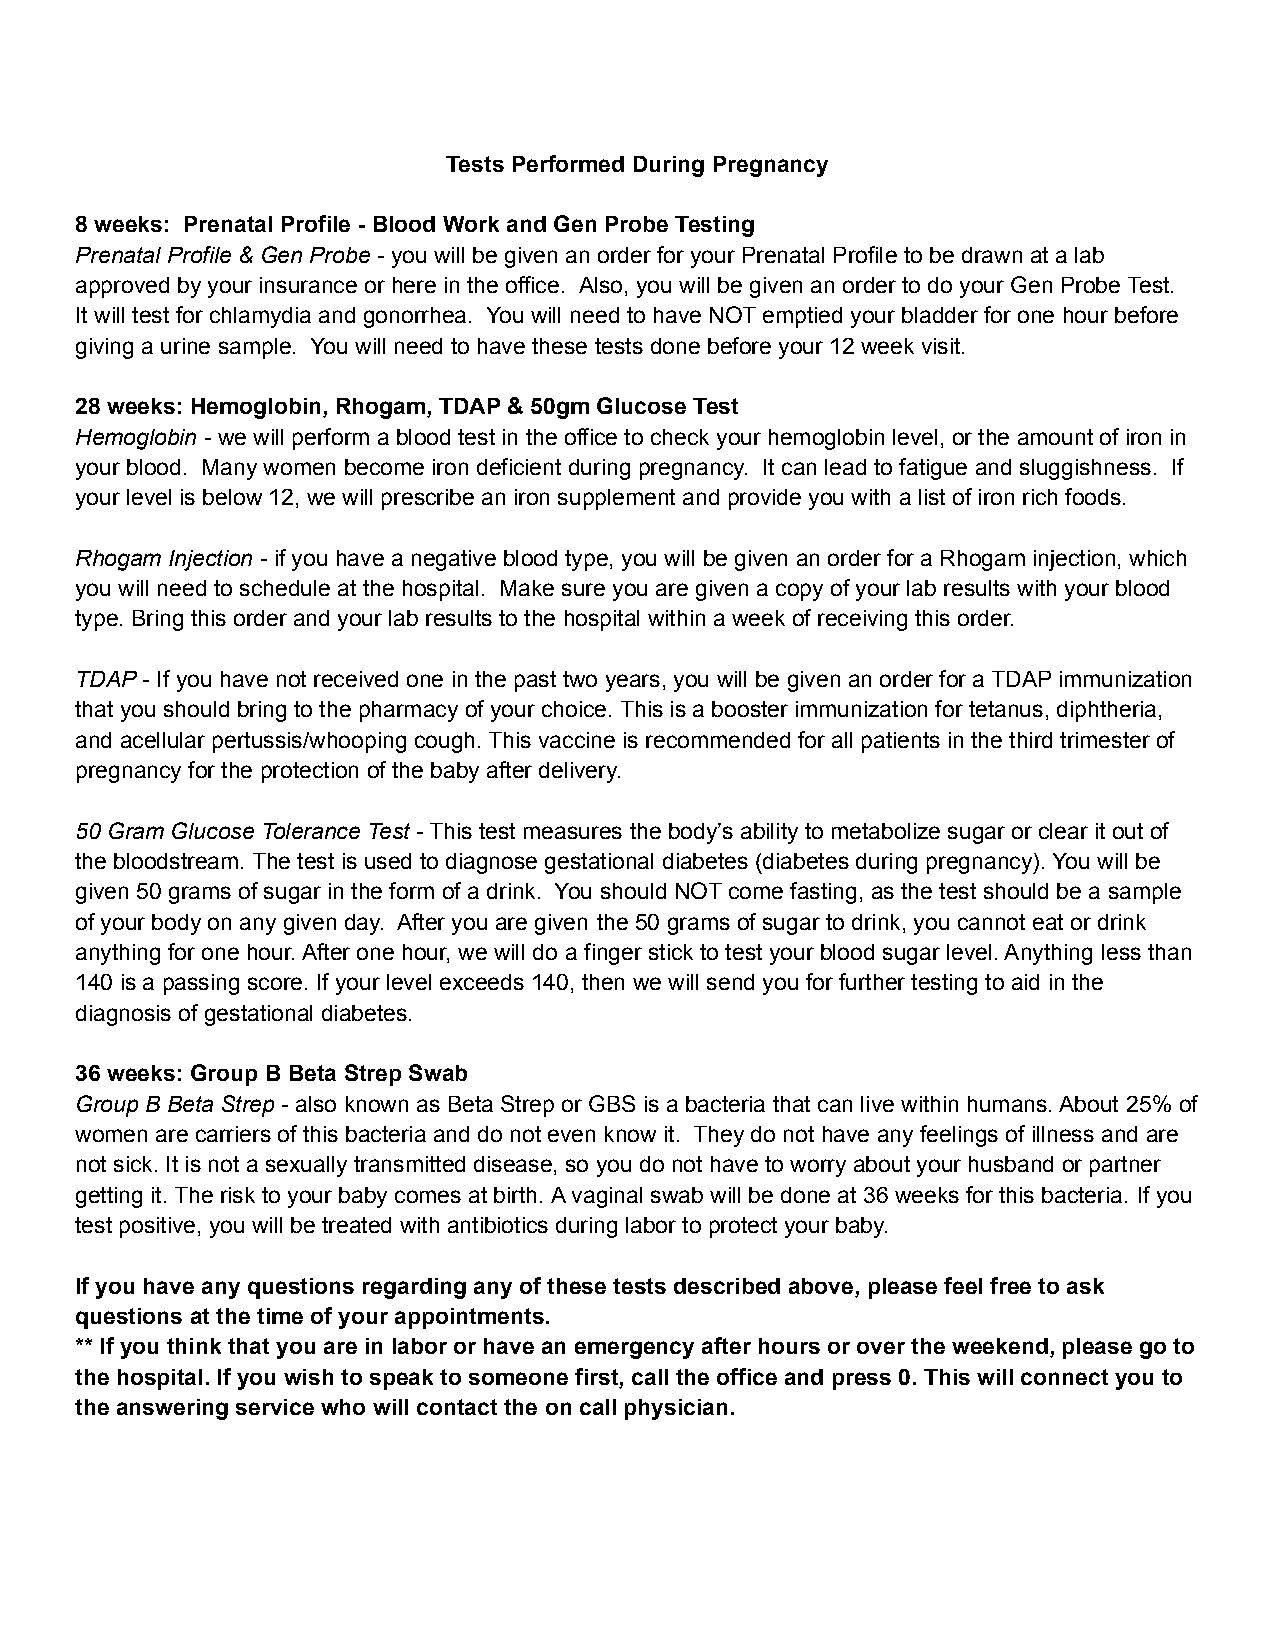
Tests Performed During Pregnancy
 8 weeks: Prenatal Profile - Blood Work and Gen Probe Testing
 Prenatal Profile & Gen Probe - you will be given an order for your Prenatal Profile to be drawn at a lab
 approved by your insurance or here in the office. Also, you will be given an order to do your Gen Probe Test.
 It will test for chlamydia and gonorrhea. You will need to have NOT emptied your bladder for one hour before
 giving a urine sample. You will need to have these tests done before your 12 week visit.
 28 weeks: Hemoglobin, Rhogam, TDAP & 50gm Glucose Test
 Hemoglobin - we will perform a blood test in the office to check your hemoglobin level, or the amount of iron in
 your blood. Many women become iron deficient during pregnancy. It can lead to fatigue and sluggishness. If
 your level is below 12, we will prescribe an iron supplement and provide you with a list of iron rich foods.
 Rhogam Injection - if you have a negative blood type, you will be given an order for a Rhogam injection, which
 you will need to schedule at the hospital. Make sure you are given a copy of your lab results with your blood
 type. Bring this order and your lab results to the hospital within a week of receiving this order.
 TDAP - If you have not received one in the past two years, you will be given an order for a TDAP immunization
 that you should bring to the pharmacy of your choice. This is a booster immunization for tetanus, diphtheria,
 and acellular pertussis/whooping cough. This vaccine is recommended for all patients in the third trimester of
 pregnancy for the protection of the baby after delivery.
 50 Gram Glucose Tolerance Test - This test measures the body’s ability to metabolize sugar or clear it out of
 the bloodstream. The test is used to diagnose gestational diabetes (diabetes during pregnancy). You will be
 given 50 grams of sugar in the form of a drink. You should NOT come fasting, as the test should be a sample
 of your body on any given day. After you are given the 50 grams of sugar to drink, you cannot eat or drink
 anything for one hour. After one hour, we will do a finger stick to test your blood sugar level. Anything less than
 140 is a passing score. If your level exceeds 140, then we will send you for further testing to aid in the
 diagnosis of gestational diabetes.
 36 weeks: Group B Beta Strep Swab
 Group B Beta Strep - also known as Beta Strep or GBS is a bacteria that can live within humans. About 25% of
 women are carriers of this bacteria and do not even know it. They do not have any feelings of illness and are
 not sick. It is not a sexually transmitted disease, so you do not have to worry about your husband or partner
 getting it. The risk to your baby comes at birth. A vaginal swab will be done at 36 weeks for this bacteria. If you
 test positive, you will be treated with antibiotics during labor to protect your baby.
 If you have any questions regarding any of these tests described above, please feel free to ask
 questions at the time of your appointments.
 ** If you think that you are in labor or have an emergency after hours or over the weekend, please go to
 the hospital. If you wish to speak to someone first, call the office and press 0. This will connect you to
 the answering service who will contact the on call physician.